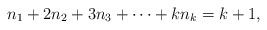
LaTeX: \begin{align*}n_1+2n_2+3n_3+\cdots +kn_k=k+1,\end{align*}